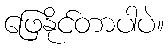
ဖြေနိုင်တာပါပဲ။